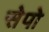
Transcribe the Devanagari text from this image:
सेपो